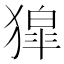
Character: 獔